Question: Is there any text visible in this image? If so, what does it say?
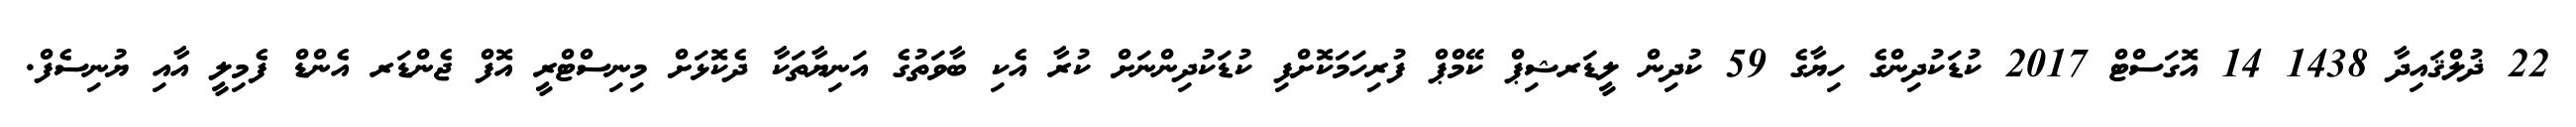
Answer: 22 ޛުލްޤައިދާ 1438 14 އޮގަސްޓް 2017 ކުޑަކުދިންގެ ހިޔާގެ 59 ކުދިން ލީޑަރޝިޕް ކޭމްޕް ފުރިހަމަކޮށްފި ކުޑަކުދިންނަށް ކުރާ އެކި ބާވަތުގެ އަނިޔާތަކާ ދެކޮޅަށް މިނިސްޓްރީ އޮފް ޖެންޑަރ އެންޑް ފެމިލީ އާއި ޔުނިސެފް.